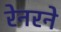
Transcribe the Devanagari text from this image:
रेनरने